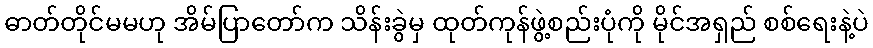
ဓာတ်တိုင်မမဟု အိမ်ပြာတော်က သိန်းခွဲမှ ထုတ်ကုန်ဖွဲ့စည်းပုံကို မိုင်အရှည် စစ်ရေးနဲ့ပဲ